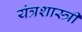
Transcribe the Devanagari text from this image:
यंत्रशास्त्री